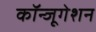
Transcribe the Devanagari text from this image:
कॉन्जूगेशन